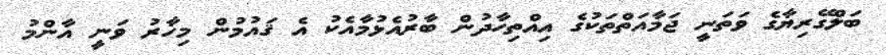
ބަލްގޭރިޔާގެ ވަތަނީ ޖަމާއަތްތަކުގެ އިއްތިހާދުން ބާރުއެޅުމާއެކު އެ ޤައުމުން މިހާރު ވަނީ އާންމު